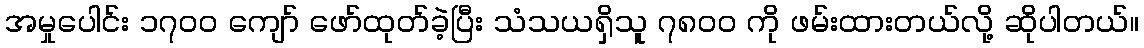
အမှုပေါင်း ၁၇၀၀ ကျော် ဖော်ထုတ်ခဲ့ပြီး သံသယရှိသူ ၇၈၀၀ ကို ဖမ်းထားတယ်လို့ ဆိုပါတယ်။